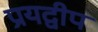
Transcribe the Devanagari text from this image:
प्रयद्वीप